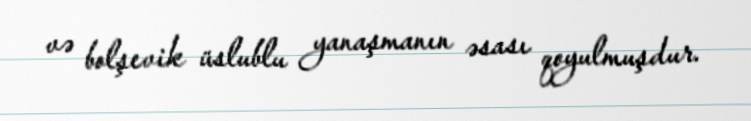
və bolşevik üslublu yanaşmanın əsası qoyulmuşdur.